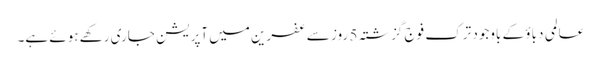
عالمی دباؤ کے باوجود ترک فوج گزشتہ 5 روز سے عفرین میں آپریشن جاری رکھے ہوئے ہے۔